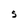
Character: S